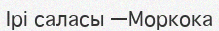
Ірі саласы —Моркока